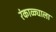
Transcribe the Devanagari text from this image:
रंकाळ्याला